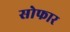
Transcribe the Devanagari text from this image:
सोफार